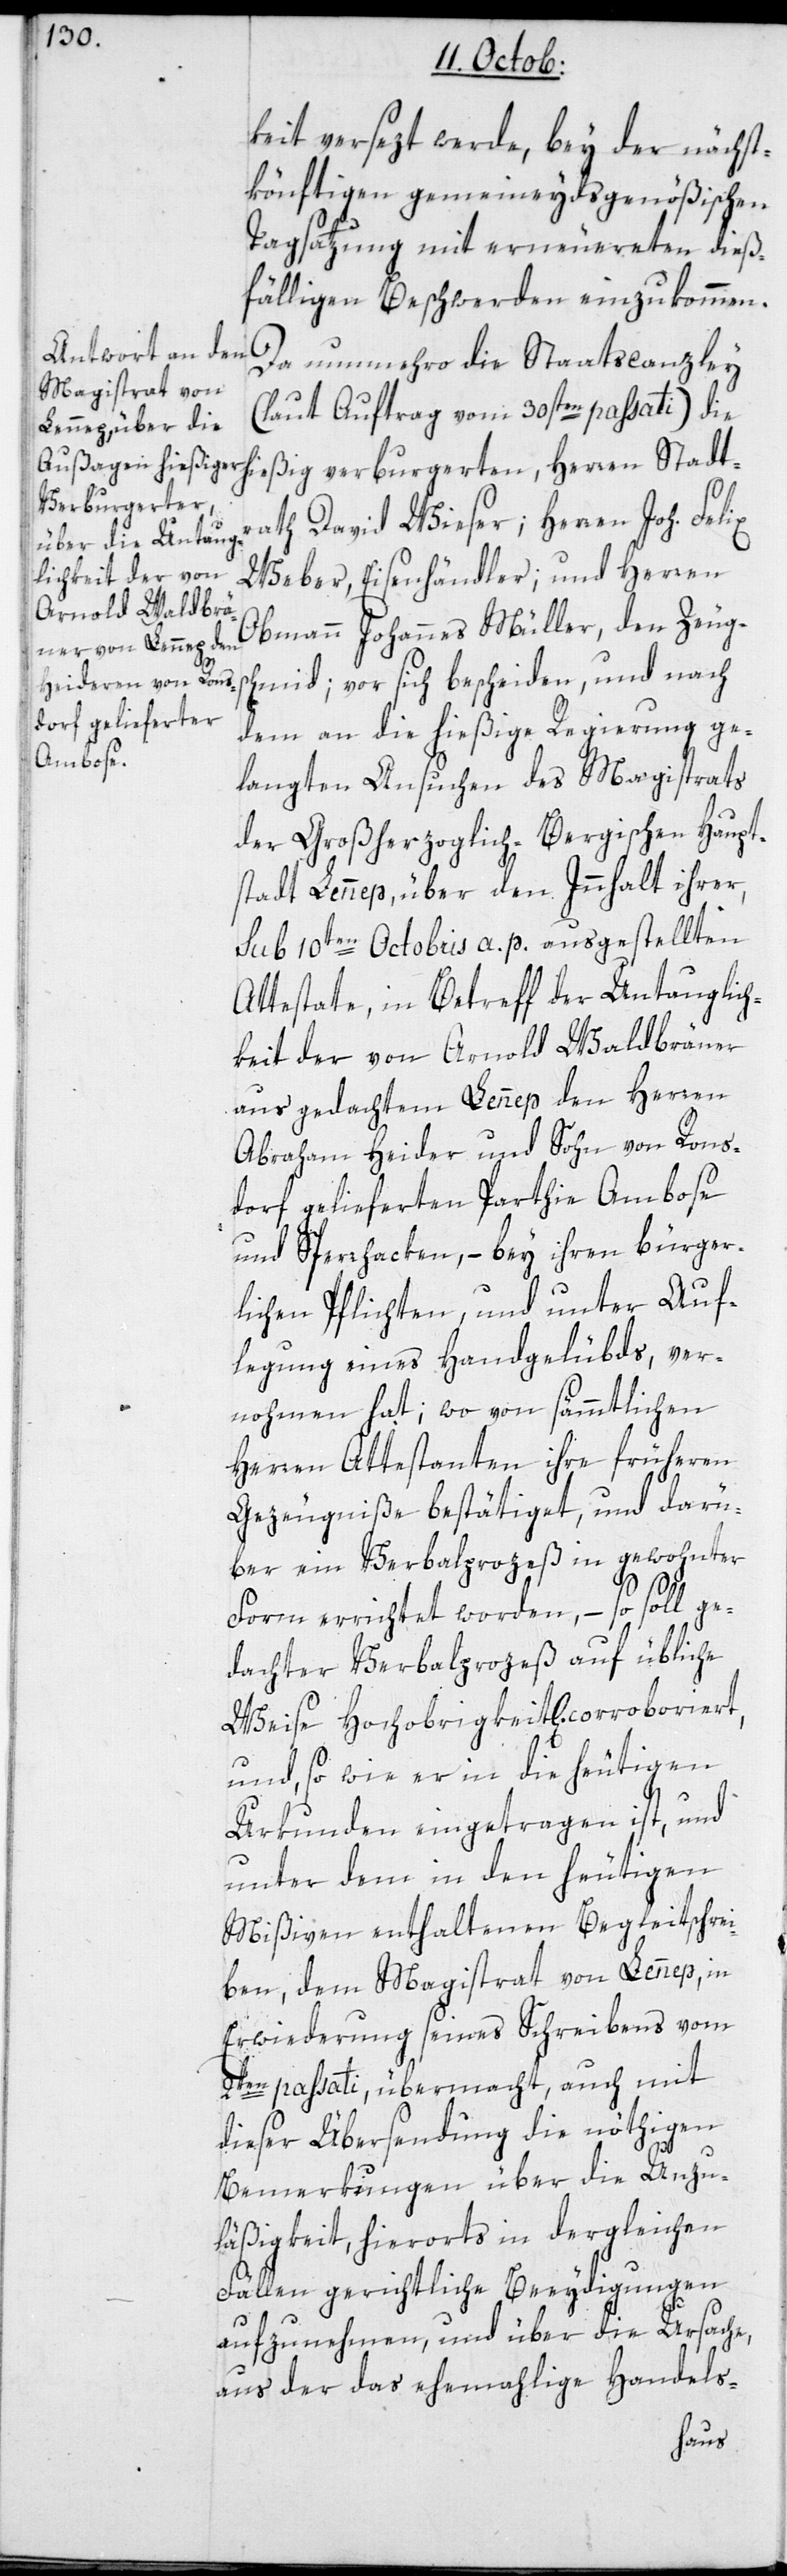
keit versezt werde, bey der nächst¬
könftigen gemeineydsgenößischen
Tagsatzung mit erneuerten dieß¬
fälligen Beschwerden einzukommen.
Da nunmehro die Staatscanzley
(laut Auftrag vom 30sten passati) die
hießig verburgerten Herren Stadtr¬
ath David Wieser; Herren Joh. Felix
Weber, Eisenhändler; und Herren
Obmann Johannes Müller, den Zeugs¬
chmid; vor sich bescheiden und nach
dem an die hießige Regierung ge¬
langten Ansuchen des Magistrats
der Großherzoglich-Bergischen Haupt¬
stadt Lennep, über den Innhalt ihrer,
sub 10ten Octobris a. p. ausgestellten
Attestate, in Betreff der Untauglich¬
keit der von Arnold Waldbräner
aus gedachtem Lennep den Herren
Abraham Heider und Sohn von Rons¬
dorf gelieferten Parthie Ambose
und Sperrhacken, – bey ihren bürger¬
lichen Pflichten und unter Auf¬
legung eines Handgelübds, ver¬
nohmen hat; wo von sämmtlichen
Herren Attestaten ihre früheren
Gezeugniße bestätiget, und darü¬
ber ein Verbalprozeß in gewohnter
Form errichtet worden, – so soll ge¬
dachter Verbalprozeß auf übliche
Weise Hochobrigkeit[lich] corrobori¬
ert
und, so wie er in die heutigen
Urkunden eingetragen ist, und
unter dem in den heutigen
Mißiven enthaltenen Begleitschrei¬
ben, dem Magistrat von Lennep, in
Erwiederung seines Schreibens vom
2ten passati übermacht, auch mit
dieser Übersendung die nöthigen
Bemerkungen über die Unzu¬
läßigkeit, hierorts in dergleichen
Fällen gerichtliche Beeydigungen
aufzunehmen, und über die Ursache,
aus der das ehemahlige Handels-